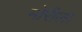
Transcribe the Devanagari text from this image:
मोरीला